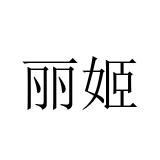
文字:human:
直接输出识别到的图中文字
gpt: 丽姬